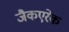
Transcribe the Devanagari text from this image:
जैकएरेक